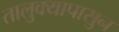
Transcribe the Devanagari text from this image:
तालुक्यापासुन